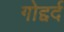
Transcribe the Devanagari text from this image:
गोद्दर्द